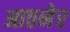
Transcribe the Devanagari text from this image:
आठनेर